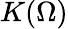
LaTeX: K(\Omega)